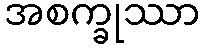
အစက္ခုဿာ